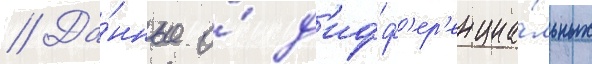
// Да́нные о́ д'ифф'ер'енциа́льных